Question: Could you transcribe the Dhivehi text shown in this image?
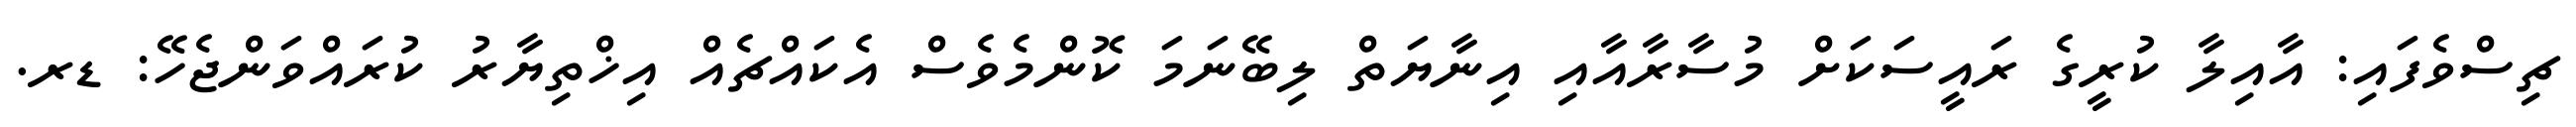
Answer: ޗިސްވެފައި: އާއިލާ ކުރީގެ ރައީސަކަށް މުސާރާއާއި އިނާޔަތް ލިބޭނަމަ ކޮންމެވެސް އެކައްޗެއް އިޚްތިޔާރު ކުރައްވަންޖެހޭ: ޑރ.